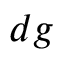
d g